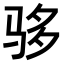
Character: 𬳾